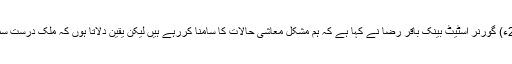
14 اگست2019ء) گورنر اسٹیٹ بینک باقر رضا نے کہا ہے کہ ہم مشکل معاشی حالات کا سامنا کررہے ہیں لیکن یقین دلاتا ہوں کہ ملک درست سمت میں آگیا ہے۔